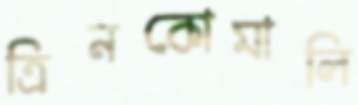
ত্রিনকোমালি